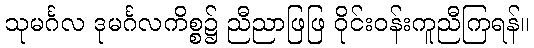
သုမင်္ဂလ ဒုမင်္ဂလကိစ္စ၌ ညီညာဖြဖြ ဝိုင်းဝန်းကူညီကြရန်။